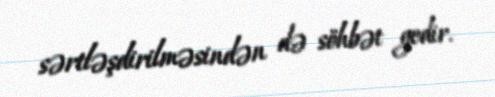
sərtləşdirilməsindən də söhbət gedir.